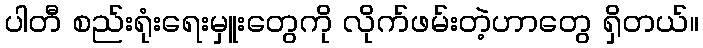
ပါတီ စည်းရုံးရေးမှူးတွေကို လိုက်ဖမ်းတဲ့ဟာတွေ ရှိတယ်။